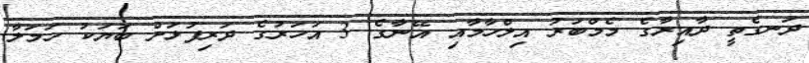
ދަނގެތީ ދާއިރާގެ މެމްބަރު އިލްހާމާއި އޭނާގެ 3 އަހަރުގެ ދަރިފުޅަށް ބަޔަކު ހަމަލާ